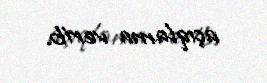
açıqlama verib.